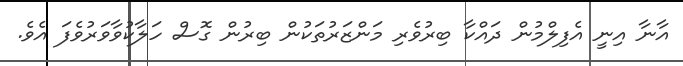
އާނާ އިނީ އެފިލްމުން ދައްކާ ބިރުވެރި މަންޒަރުތަކުން ބިރުން ގޮސް ހަލާކުވާވަރުވެފަ އެވެ.